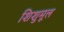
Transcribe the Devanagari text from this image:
शिशुमूल